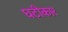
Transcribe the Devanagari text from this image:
घटीकार